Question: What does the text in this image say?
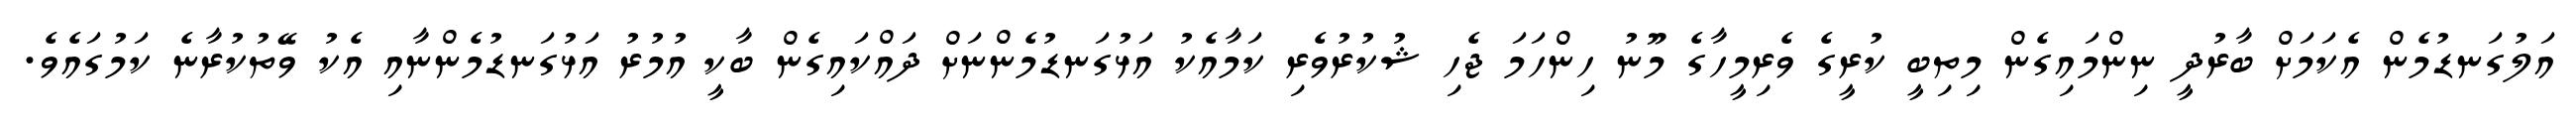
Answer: އަލުގަނޑުމެން އެކަމަށް ބާރުދީ ނިންމައިގެން މިތިބީ ކުރީގެ ވެރިމީހާގެ މޫނު ހިންހަމަ ޖެހި ޝުކުރުވެރި ކަމާއެކު އަޅުގަނޑުމެންނަށް ދައްކައިގެން ބާކީ އުމުރު އަޅުގަނޑުމެންނާއި އެކު ވޭތުކުރާނެ ކަމުގައެވެ.